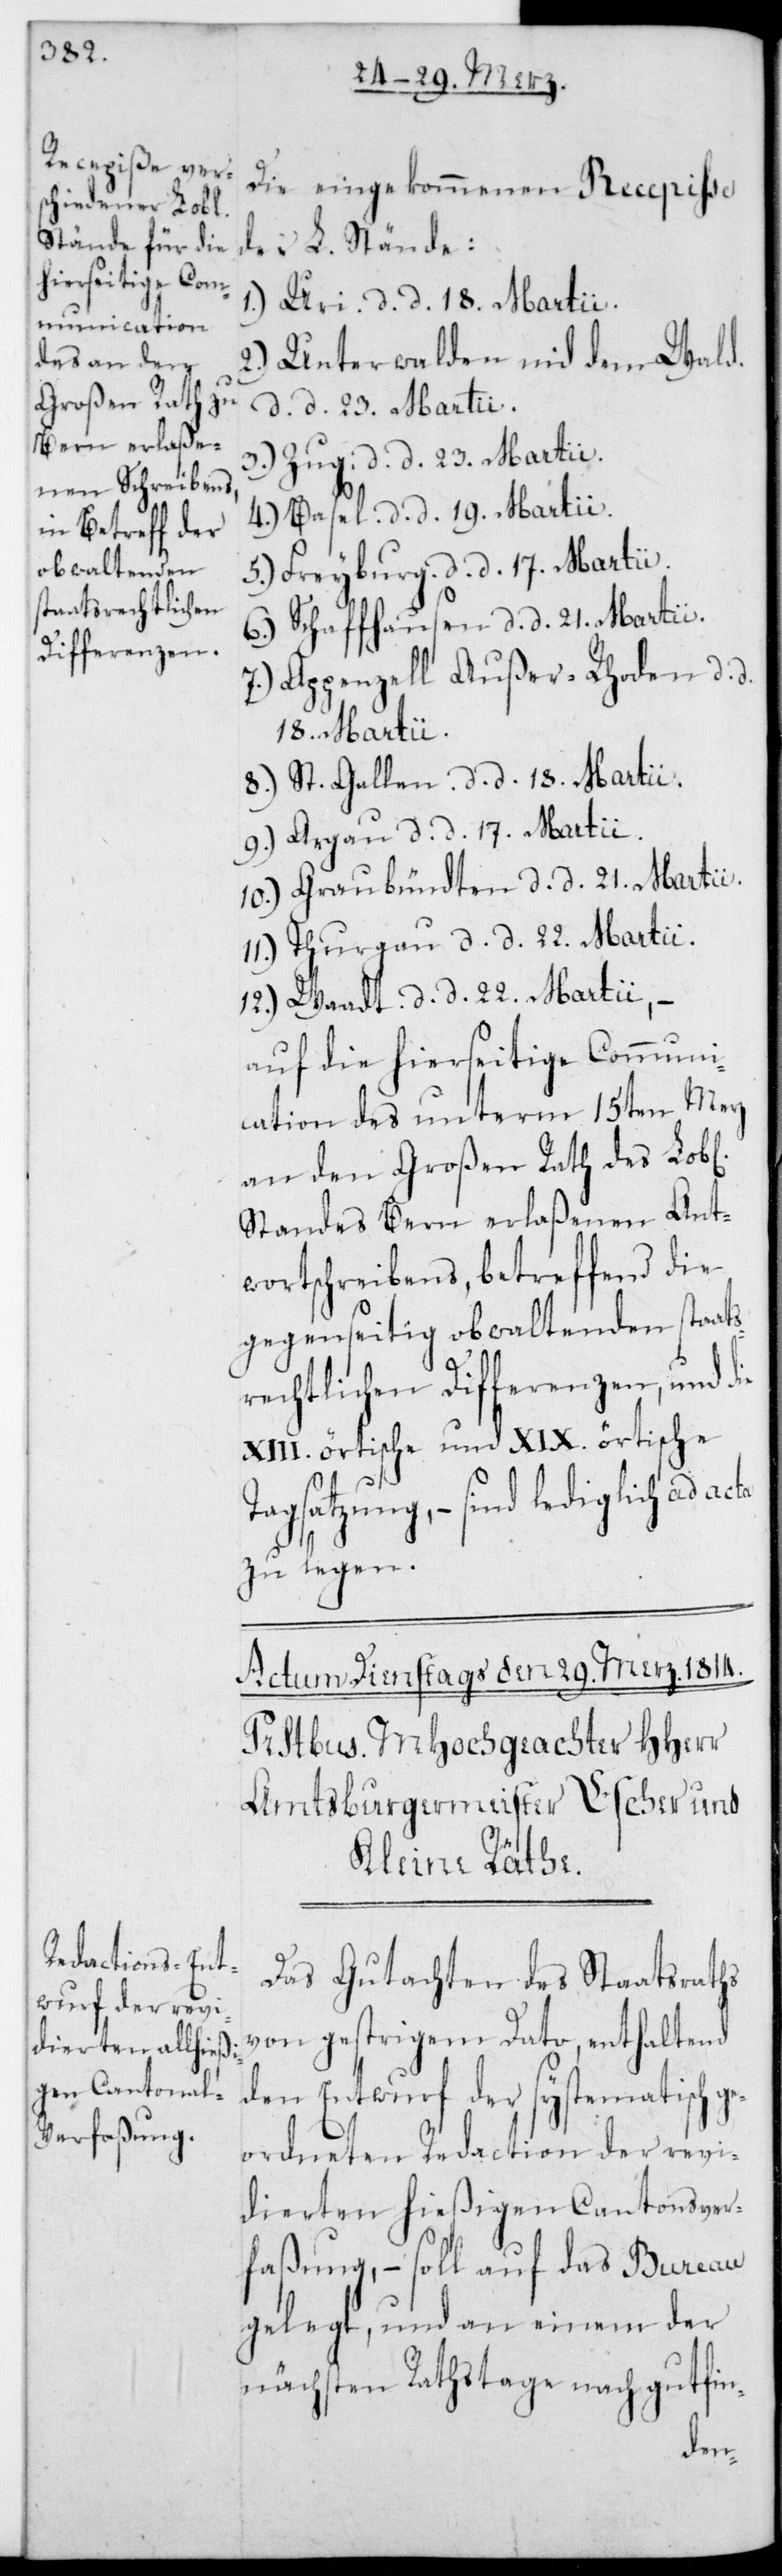
Die eingekommenen Recepiße
der L. Stände:
1.) Uri, d. d. 18. Martii.
Wald,
2.) Unterwalden nid dem
d. d. 23. Martii.
3.) Zug, d. d. 23. Martii.
4.) Basel, d. d. 19. Martii.
5.) Freyburg, d. d. 17. Martii.
6.) Schaffhausen, d. d. 21. Martii.
7.) Appenzell Außer-Rhoden, d. d.
18. Martii.
8.) St. Gallen, d. d. 18. Martii.
9.) Argau, d. d. 17. Martii.
10.) Graubündten, d. d. 21. Martii.
11.) Thurgau, d. d. 22. Martii.
12.) Waadt, d. d. 22. Martii.
auf die hierseitige Communi¬
cation des unterm 15ten Merz
an den Großen Rath des L.
Standes Bern erlaßenen Ant¬
wortschreibens, betreffend die
gegenseitig obwaltenden staat¬
srechtlichen Differenzen, und die
XIII. örtische und XIX. örtische
Tagsatzung, – sind lediglich ad
zu legen.
Das Gutachten des Staatsraths
von gestrigem Dato, enthaltend
den Entwurf der systematisch
ordneten Redaction der revi¬
dierten hießigen Cantonsver¬
faßung, – soll auf das Bureau
gelegt, und an einem der
nächsten Rathstage nach gutfin-
ge¬